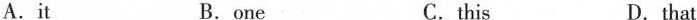
A.it B.one C.this D.that